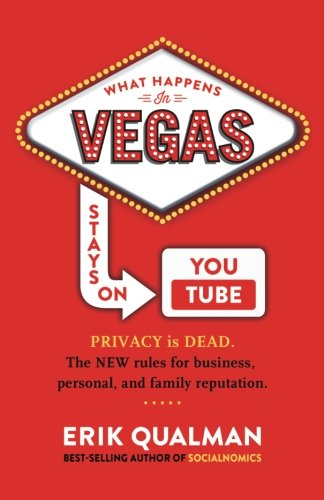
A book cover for What Happens in Vegas Stays on YouTube; Erik Qualman; Computers & Technology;